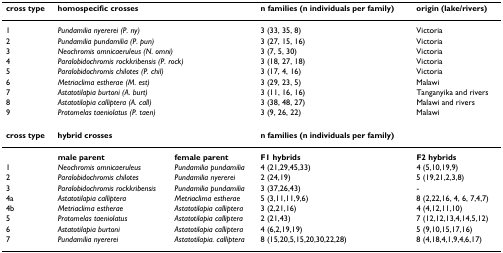
<table><thead><tr><td><b>cross type</b></td><td><b>homospecific crosses</b></td><td></td><td><b>n families (n individuals per family)</b></td><td><b>origin (lake/rivers)</b></td></tr></thead><tbody><tr><td>1</td><td colspan="2"><i>Pundamilia nyererei (P. ny)</i></td><td>3 (33, 35, 8)</td><td>Victoria</td></tr><tr><td>2</td><td colspan="2"><i>Pundamilia pundamilia (P. pun)</i></td><td>3 (27, 15, 16)</td><td>Victoria</td></tr><tr><td>3</td><td colspan="2"><i>Neochromis omnicaeruleus (N. omni)</i></td><td>3 (7, 5, 30)</td><td>Victoria</td></tr><tr><td>4</td><td colspan="2"><i>Paralobidochromis rockkribensis (P. rock)</i></td><td>3 (18, 27, 18)</td><td>Victoria</td></tr><tr><td>5</td><td colspan="2"><i>Paralobidochromis chilotes (P. chil)</i></td><td>3 (17, 4, 16)</td><td>Victoria</td></tr><tr><td>6</td><td colspan="2"><i>Metriaclima estherae (M. est)</i></td><td>3 (29, 23, 5)</td><td>Malawi</td></tr><tr><td>7</td><td colspan="2"><i>Astatotilapia burtoni (A. burt)</i></td><td>3 (11, 16, 16)</td><td>Tanganyika and rivers</td></tr><tr><td>8</td><td colspan="2"><i>Astatotilapia calliptera (A. call)</i></td><td>3 (38, 48, 27)</td><td>Malawi and rivers</td></tr><tr><td>9</td><td colspan="2"><i>Protomelas taeniolatus (P. taen)</i></td><td>3 (9, 26, 22)</td><td>Malawi</td></tr><tr><td><b>cross type</b></td><td colspan="2"><b>hybrid crosses</b></td><td colspan="2"><b>n families (n individuals per family)</b></td></tr><tr><td></td><td><b>male parent</b></td><td><b>female parent</b></td><td><b>F1 hybrids</b></td><td><b>F2 hybrids</b></td></tr><tr><td>1</td><td><i>Neochromis omnicaeruleus</i></td><td><i>Pundamilia pundamilia</i></td><td>4 (21,29,45,33)</td><td>4 (5,10,19,9)</td></tr><tr><td>2</td><td><i>Paralobidochromis chilotes</i></td><td><i>Pundamilia nyererei</i></td><td>2 (24,19)</td><td>5 (19,21,2,3,8)</td></tr><tr><td>3</td><td><i>Paralobidochromis rockkribensis</i></td><td><i>Pundamilia pundamilia</i></td><td>3 (37,26,43)</td><td>-</td></tr><tr><td>4a</td><td><i>Astatotilapia calliptera</i></td><td><i>Metriaclima estherae</i></td><td>5 (3,11,11,9,6)</td><td>8 (2,22,16, 4, 6, 7,4,7)</td></tr><tr><td>4b</td><td><i>Metriaclima estherae</i></td><td><i>Astatotilapia calliptera</i></td><td>3 (2,21,16)</td><td>4 (4,12,11,10)</td></tr><tr><td>5</td><td><i>Protomelas taeniolatus</i></td><td><i>Astatotilapia calliptera</i></td><td>2 (21,43)</td><td>7 (12,12,13,4,14,5,12)</td></tr><tr><td>6</td><td><i>Astatotilapia burtoni</i></td><td><i>Astatotilapia calliptera</i></td><td>4 (6,2,19,19)</td><td>5 (9,10,15,17,16)</td></tr><tr><td>7</td><td><i>Pundamilia nyererei</i></td><td><i>Astatotilapia. calliptera</i></td><td>8 (15,20,5,15,20,30,22,28)</td><td>8 (4,18,4,1,9,4,6,17)</td></tr></tbody></table>